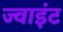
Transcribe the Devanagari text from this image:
ज्‍वाइंट